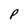
Character: p